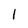
Character: 1